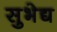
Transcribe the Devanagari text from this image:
सुभेद्य